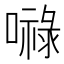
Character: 𭋙